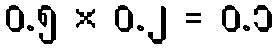
၀.၅ × ၀.၂ = ၀.၁